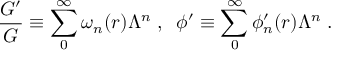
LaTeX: \frac { G ^ { \prime } } { G } \equiv \sum _ { 0 } ^ { \infty } \omega _ { n } ( r ) \Lambda ^ { n } \; , \; \; \phi ^ { \prime } \equiv \sum _ { 0 } ^ { \infty } \phi _ { n } ^ { \prime } ( r ) \Lambda ^ { n } \; .